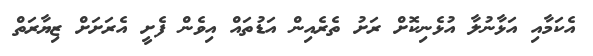
އެކަމާއި އަޅާނުލާ އުޅެނިކޮށް ރަށު ތެރެއިން އަޑުތައް އިވެން ފެށީ އެރަށަށް ޒިޔާރަތް